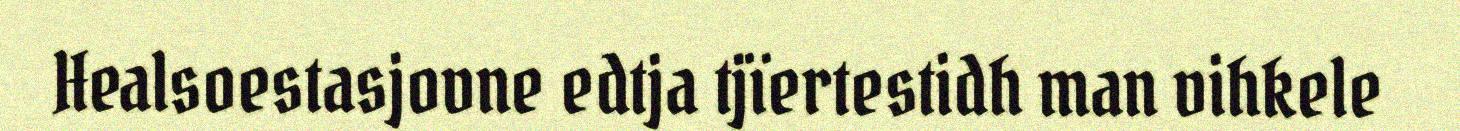
Healsoestasjovne edtja tjïertestidh man vihkele